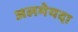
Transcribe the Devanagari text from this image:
अलमेयदा